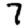
Digit: 7